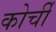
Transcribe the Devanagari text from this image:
कोर्ची